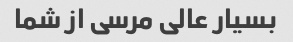
بسیار عالی مرسی از شما